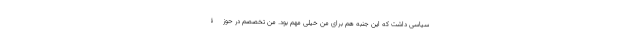
سیاسی داشت که این جنبه هم برای من خیلی مهم بود. من تخصصم در حوزۀ